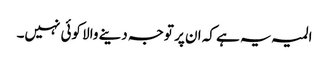
المیہ یہ ہے کہ ان پر توجہ دینے والا کوئی نہیں۔